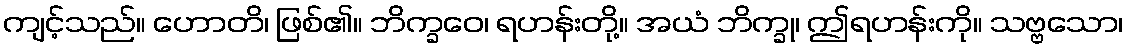
ကျင့်သည်။ ဟောတိ၊ ဖြစ်၏။ ဘိက္ခဝေ၊ ရဟန်းတို့။ အယံ ဘိက္ခု၊ ဤရဟန်းကို။ သဗ္ဗသော၊